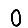
Digit: 0